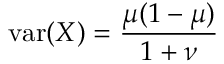
\operatorname { v a r } ( X ) = { \frac { \mu ( 1 - \mu ) } { 1 + \nu } }